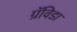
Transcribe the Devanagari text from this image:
ग्रॅविडा